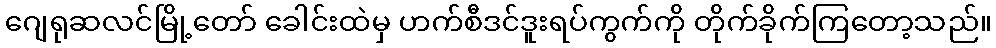
ဂျေရုဆလင်မြို့တော် ခေါင်းထဲမှ ဟက်စီဒင်ဒူးရပ်ကွက်ကို တိုက်ခိုက်ကြတော့သည်။